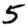
Digit: 5